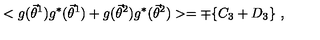
< g ( { \vec { \theta } } ^ { 1 } ) g ^ { * } ( { \vec { \theta } } ^ { 1 } ) + g ( { \vec { \theta } } ^ { 2 } ) g ^ { * } ( { \vec { \theta } } ^ { 2 } ) > = \mp \{ C _ { 3 } + D _ { 3 } \} \ ,